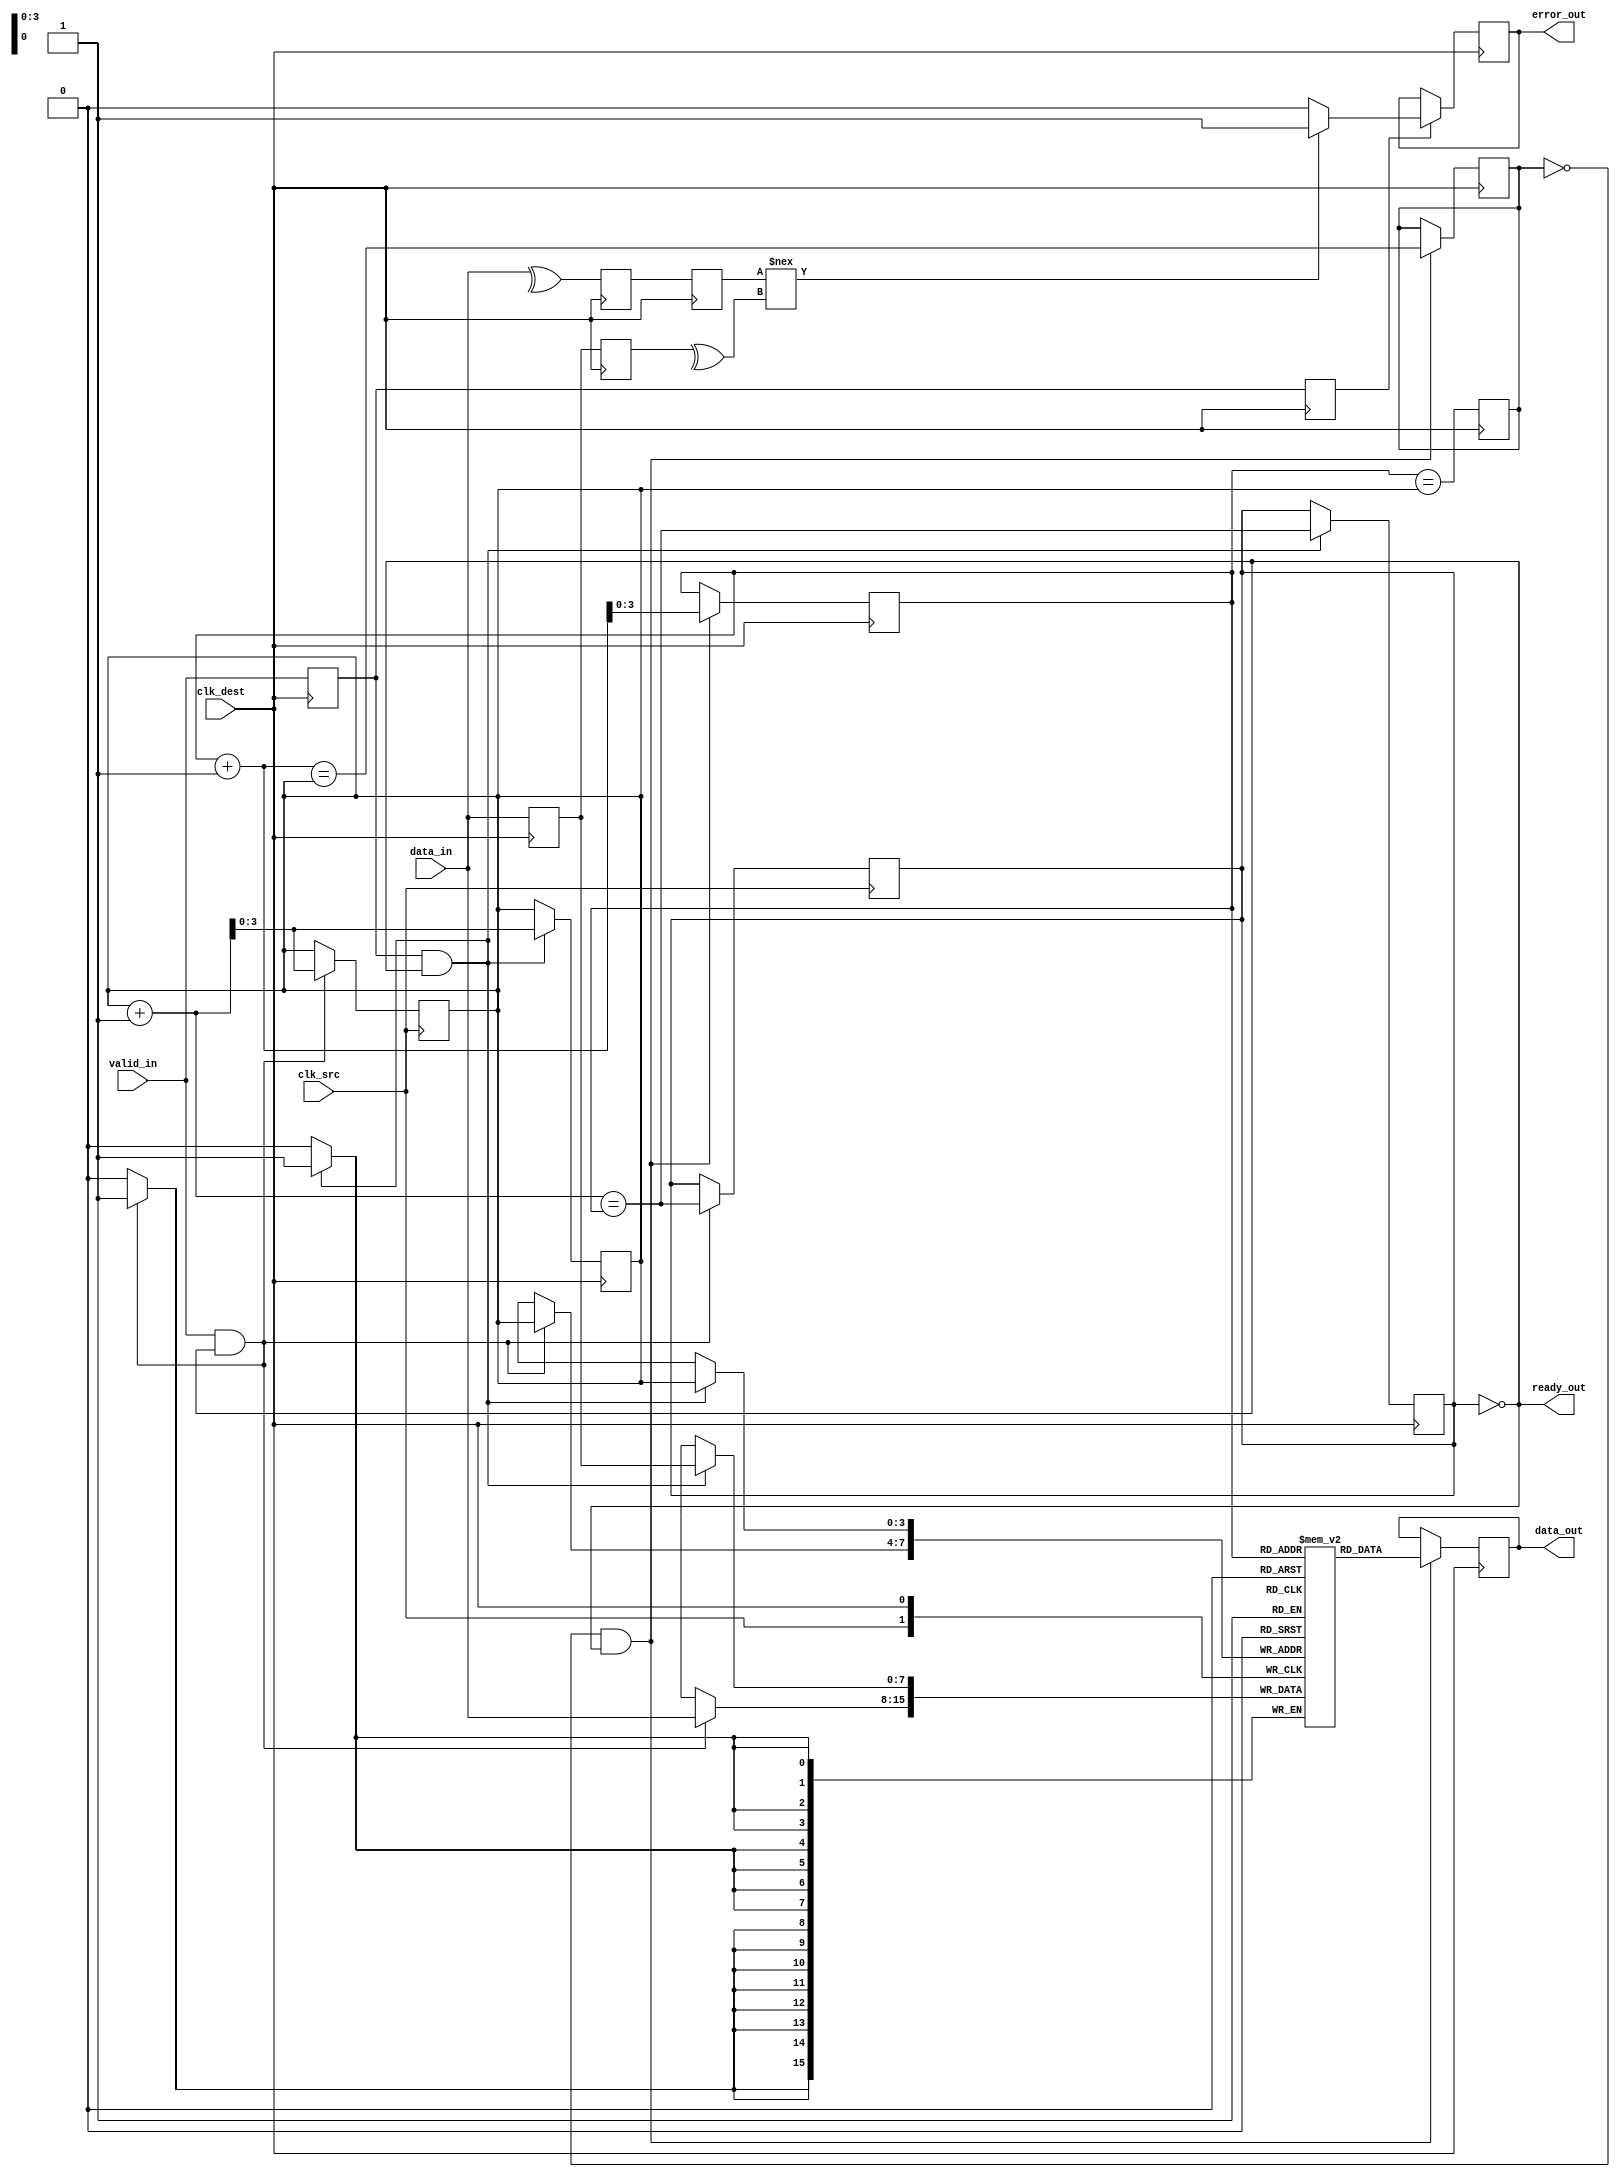
module cdc_memory_blocks #(
    parameter DATA_WIDTH = 8
)(
    input wire clk_src,
    input wire clk_dest,
    input wire [DATA_WIDTH-1:0] data_in,
    input wire valid_in,
    output wire ready_out,
    output reg [DATA_WIDTH-1:0] data_out,
    output reg error_out
);

    // FIFO parameters
    localparam FIFO_DEPTH = 16;
    reg [DATA_WIDTH-1:0] fifo [0:FIFO_DEPTH-1];
    reg [3:0] write_ptr;
    reg [3:0] read_ptr;
    reg fifo_full;
    reg fifo_empty;

    // Parity bit generation
    wire parity_bit;
    assign parity_bit = ^data_in; // Even parity

    // Synchronization signals
    reg [DATA_WIDTH-1:0] sync_data;
    reg sync_valid;
    reg sync_parity;

    // Dual flip-flop synchronizers for data and valid signals
    reg [DATA_WIDTH-1:0] data_sync_ff1, data_sync_ff2;
    reg valid_sync_ff1, valid_sync_ff2;
    reg parity_sync_ff1, parity_sync_ff2;

    // FIFO write logic
    always @(posedge clk_src) begin
        if (valid_in && !fifo_full) begin
            fifo[write_ptr] <= data_in;
            write_ptr <= write_ptr + 1;
            fifo_full <= (write_ptr + 1 == read_ptr);
        end
    end

    // FIFO read logic
    always @(posedge clk_dest) begin
        if (!fifo_empty && ready_out) begin
            data_out <= fifo[read_ptr];
            read_ptr <= read_ptr + 1;
            fifo_empty <= (read_ptr + 1 == write_ptr);
        end
    end

    // Synchronize data and valid signals to clk_dest
    always @(posedge clk_dest) begin
        data_sync_ff1 <= data_sync_ff2;
        data_sync_ff2 <= data_in;

        valid_sync_ff1 <= valid_sync_ff2;
        valid_sync_ff2 <= valid_in;

        parity_sync_ff1 <= parity_sync_ff2;
        parity_sync_ff2 <= parity_bit;

        // Check for data transfer
        if (valid_sync_ff2 && !fifo_full) begin
            fifo[write_ptr] <= data_sync_ff2;
            write_ptr <= write_ptr + 1;
            fifo_full <= (write_ptr + 1 == read_ptr);
        end
    end

    // Error detection logic
    always @(posedge clk_dest) begin
        if (valid_sync_ff1) begin
            // Check received data with parity
            if (parity_sync_ff1 !== (^data_sync_ff1)) begin
                error_out <= 1'b1; // Error detected
            end else begin
                error_out <= 1'b0; // No error
            end
        end
    end

    // Handshaking logic
    assign ready_out = !fifo_full;

    // FIFO empty flag
    always @(posedge clk_dest) begin
        fifo_empty <= (read_ptr == write_ptr);
    end

endmodule